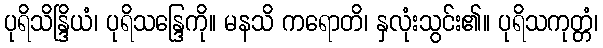
ပုရိသိန္ဒြိယံ၊ ပုရိသန္ဒြေကို။ မနသိ ကရောတိ၊ နှလုံးသွင်း၏။ ပုရိသကုတ္တံ၊